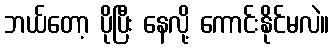
ဘယ်တော့ ပိုပြီး နေလို့ ကောင်းနိုင်မလဲ။